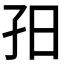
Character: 𡥌